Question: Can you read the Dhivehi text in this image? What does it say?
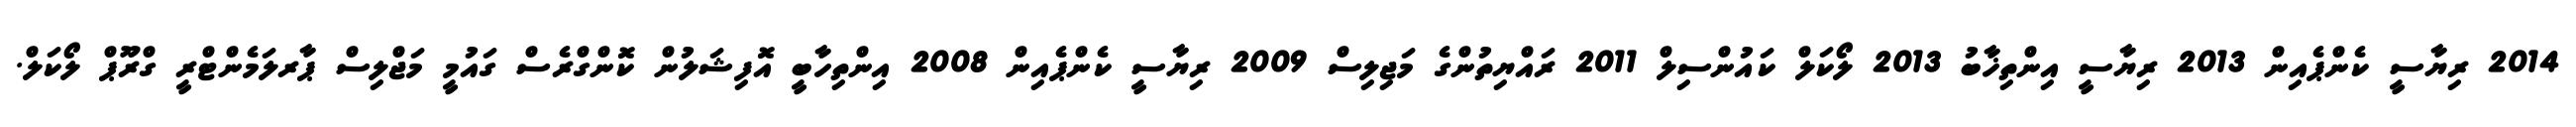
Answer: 2014 ރިޔާސީ ކެންޕެއިން 2013 ރިޔާސީ އިންތިޚާބު 2013 ލޯކަލް ކައުންސިލް 2011 ރައްޔިތުންގެ މަޖިލިސް 2009 ރިޔާސީ ކެންޕެއިން 2008 އިންތިހާބީ އޮފިޝަލުން ކޮންގްރެސް ގައުމީ މަޖްލިސް ޕާރލަމެންޓްރީ ގްރޫޕް ލޯކަލް.